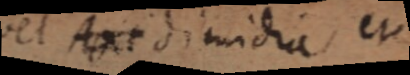
vel Axi dimidia, et